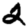
Digit: 2